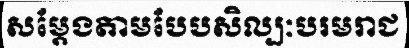
សម្តែងតាមបែបសិល្បៈបរមរាជ